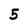
Character: 5